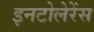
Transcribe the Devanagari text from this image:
इनटोलेरेंस